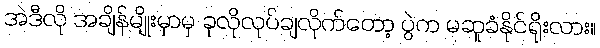
အဲဒီလို အချိန်မျိုးမှာမှ ခုလိုလုပ်ချလိုက်တော့ ပွဲက မဆူခံနိုင်ရိုးလား။